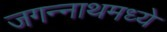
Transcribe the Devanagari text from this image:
जगन्‍नाथमध्ये